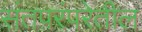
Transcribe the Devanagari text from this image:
संतपरंपरेतील